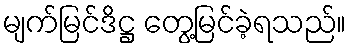
မျက်မြင်ဒိဋ္ဌ တွေ့မြင်ခဲ့ရသည်။